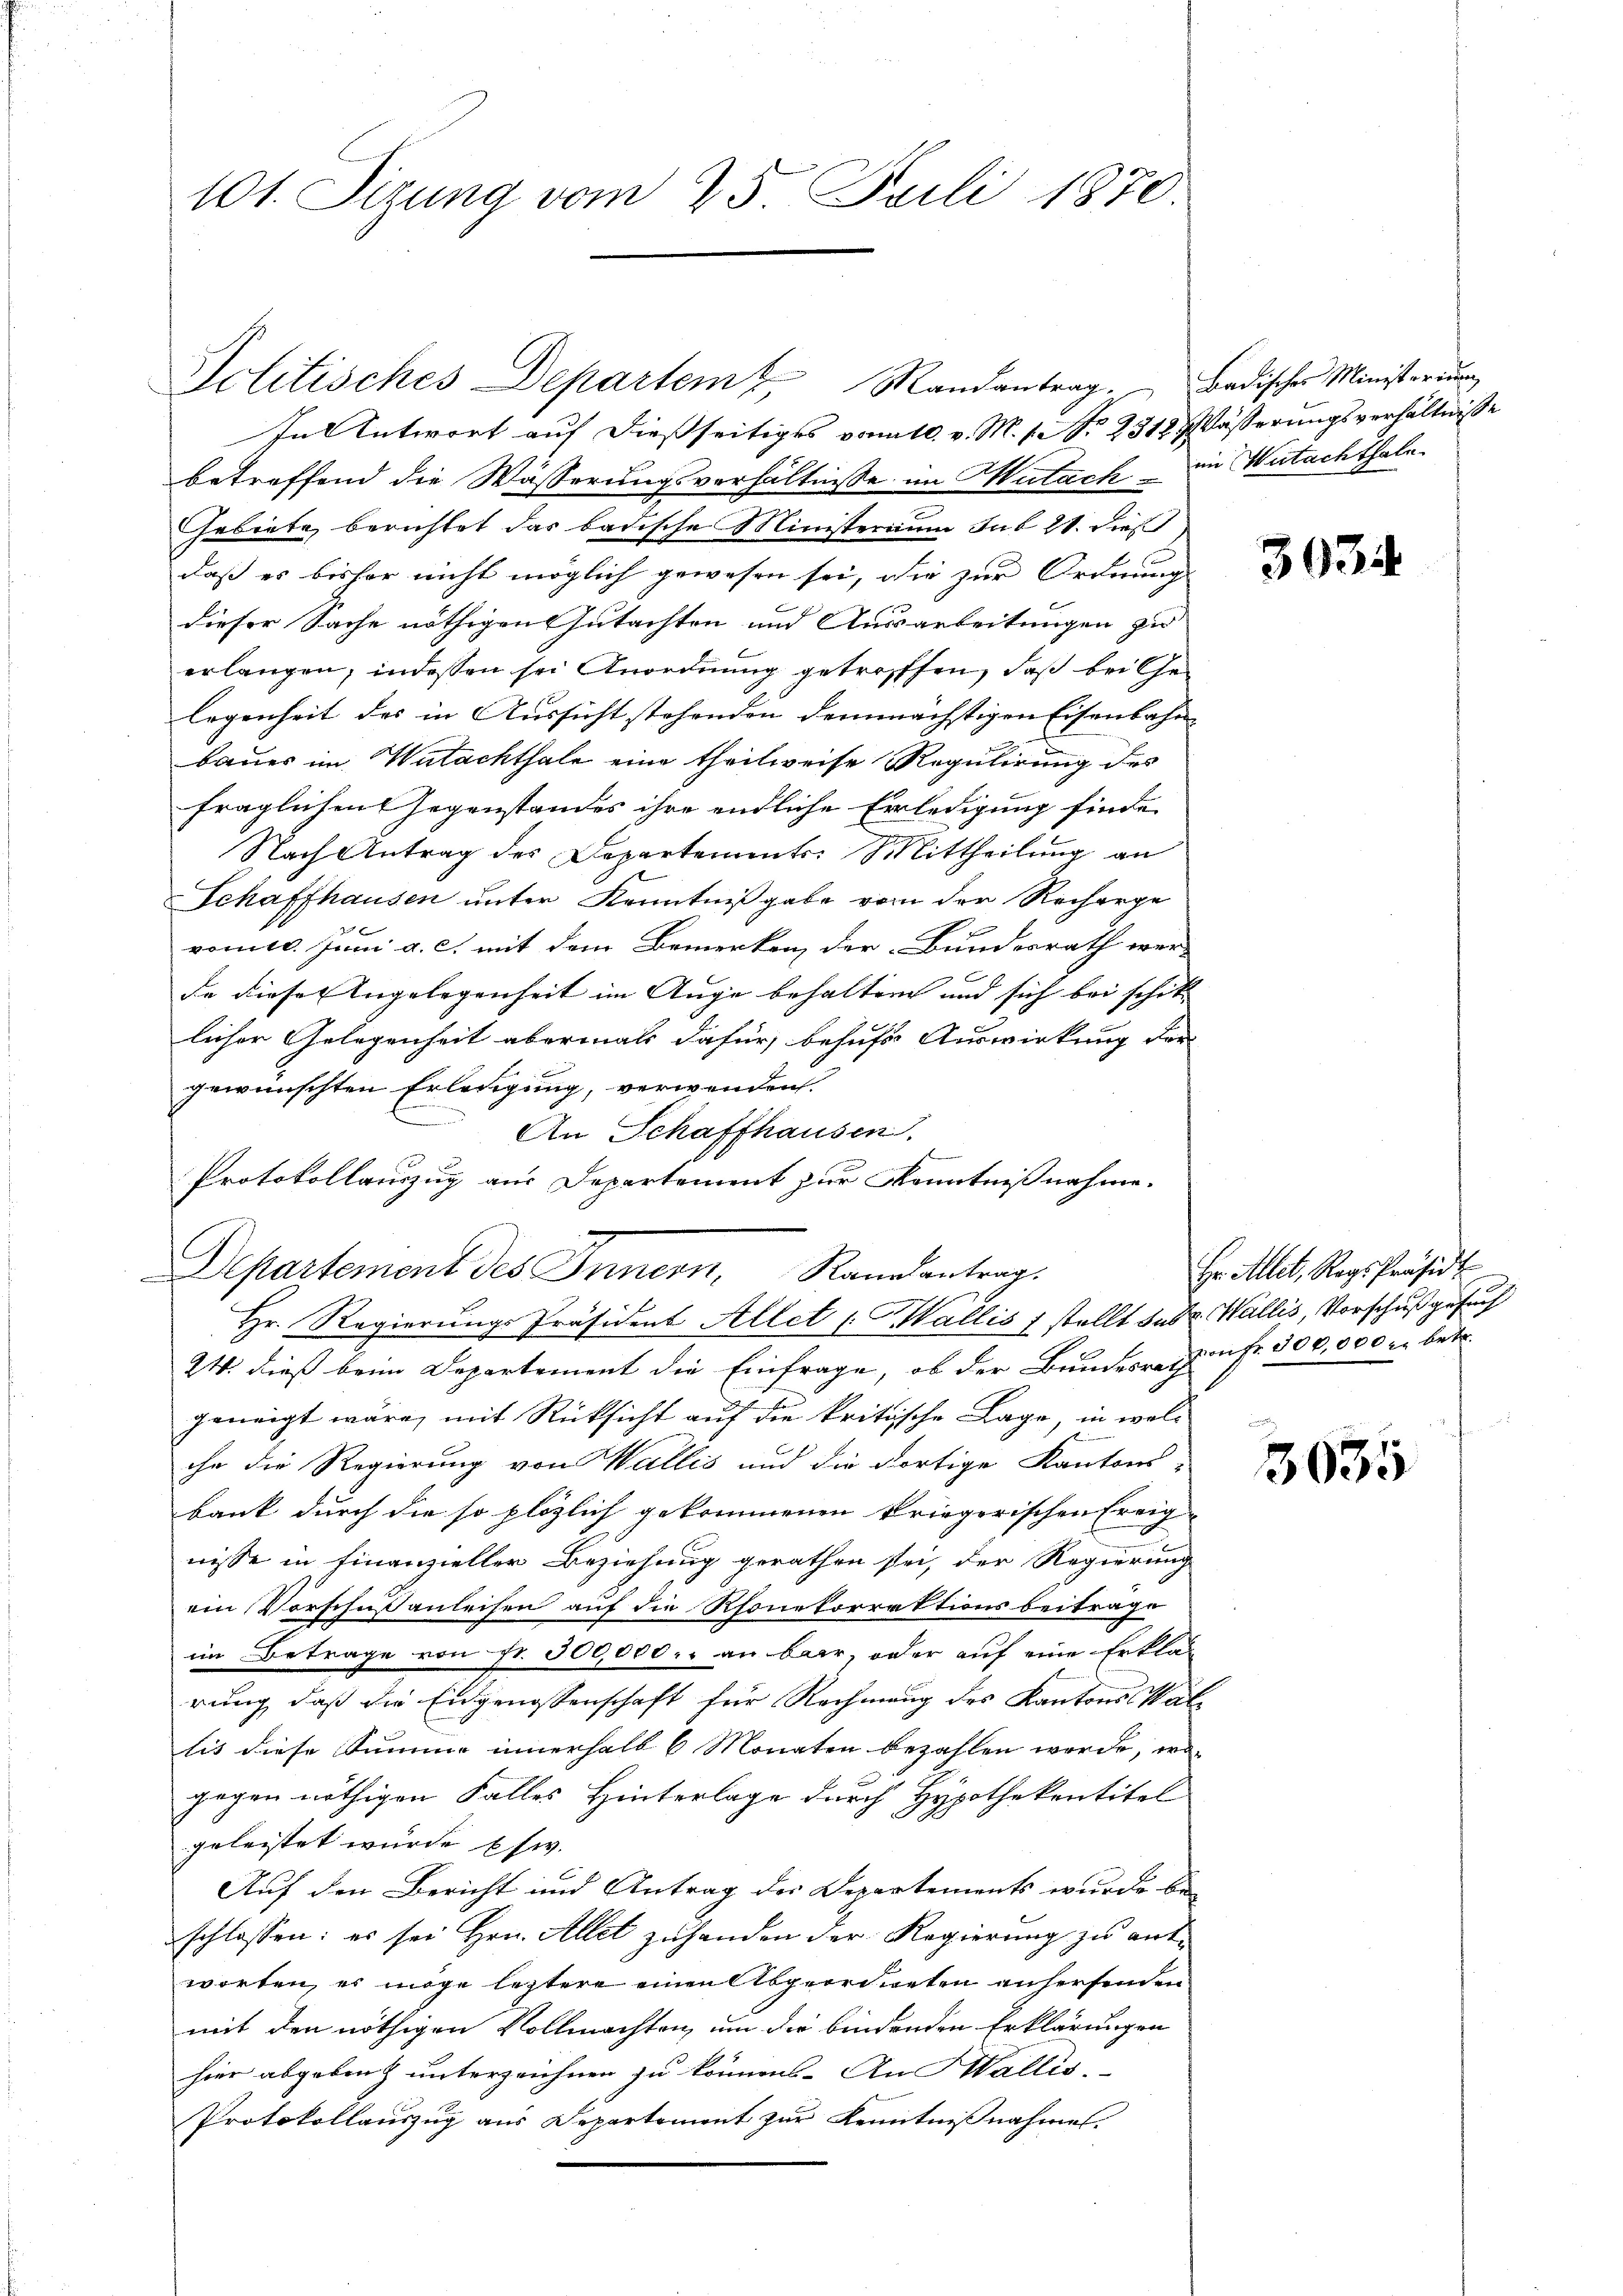
101. Sizung vom 25. Juli 1870.

Politisches Departem Mandantrag. Badisches Ministerium
In Antwort auf dießseitiges vomtl. v. M. P. Nr. 2312 Pässerungsverhältnisse
betreffend die Wässerungsverhältnisse im Mutach in Wutachthale.
Gebiete, berichtet das badische Ministerium sub 28. dieß
daß es bisher nicht möglich gewesen sei, die zur Ordnung
dieser Sache nöthigen Gutachten und Ausarbeitungen zu
erlangen, indessen sei Anordnung getroffen, daß bei Gelegenheit des in Aussicht stehenden demnächstigen Eisenbahn- |
baues im Wutachthale eine theilweise Regulirung des
fraglichen Gegenstandes ihre endliche Erledigung finde
Nach Antrag des Departements: Mittheilung an
Schaffhausen unter Kenntnißgabe von der Recharge
romis. Juni a. c. mit dem Bemerken, der Bundesrath wer-
de dieser Angelegenheit im Auge behalten und sich bei schikt |
licher Gelegenheit abermals dafür, behufs Auswirkung der
gewünschten Erledigung, verwenden.
An Schaffhausen.
24. dieß beim Departement die Einfrage, ob der Bundesreppen fr. 300,000 u. betr.
geneigt wäre, mit Rücksicht auf die kritische Lage, in wolche die Regierung von Wallis und die dortige Kantons-
bank durch die so plözlich gekommenen kriegerischen Ereignisse in Finanzieller Beziehung gerathen sei, der Regierung
ein Vorschußanleisen auf die Rhonekorrektionsbeitrage
im Betrage von Fr. 300,000. an bar, oder auf eine Erklär
rung, daß die Eidgenossenschaft für Rechnung des Kantons Wallis diese Summe innerhalb 6 Monaten bezahlen werde, wa
gegen nöthigen Falles Hinterlage durch Hypothekentitel
geleistet wurde Ehw.
Auf den Bericht und Antrag der Departements wurde be-
schlossen: es sei Hrn. Allet zu handen der Regierung zu ent-
worten, es möge leztere einen Abgeordneten anhersenden
mit den nöthigen Vollmachten, um die bindenden Erklärungen
hier abgebenz unterzeichnen zu können. An Wallis.
Protokollauszug aus Departement zur Kenntnißnahmen.

Protokollauszug aus Departement zur Kenntnißnahme.
Departement des Innern, Randantrag
Hr. Regierungs-Präsident Allet Wallis 1 stellt sub Wallis, Vorschuß gesuch

3935

Hr. Allet, Reg. Präsid

3035